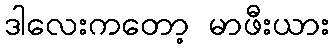
ဒါလေးကတော့ မာဖီးယား